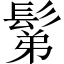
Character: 鬀